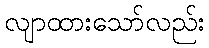
လျာထားသော်လည်း